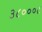
૩૮૦૦૦૮